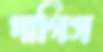
দাগিস